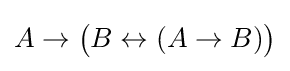
A\to {\big (}B\leftrightarrow (A\to B){\big )}